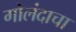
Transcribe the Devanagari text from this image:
गोलंदाचा